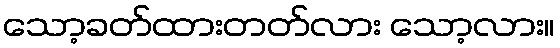
သော့ခတ်ထားတတ်လား သော့လား။